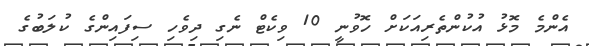
އެންމެ މޮޅު އުކުންތެރިއަކަށް ހޮވުނީ 10 ވިކެޓް ނެގި ދިވެހި ސިފައިންގެ ކުލަބުގެ